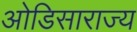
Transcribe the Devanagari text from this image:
ओडिसाराज्य